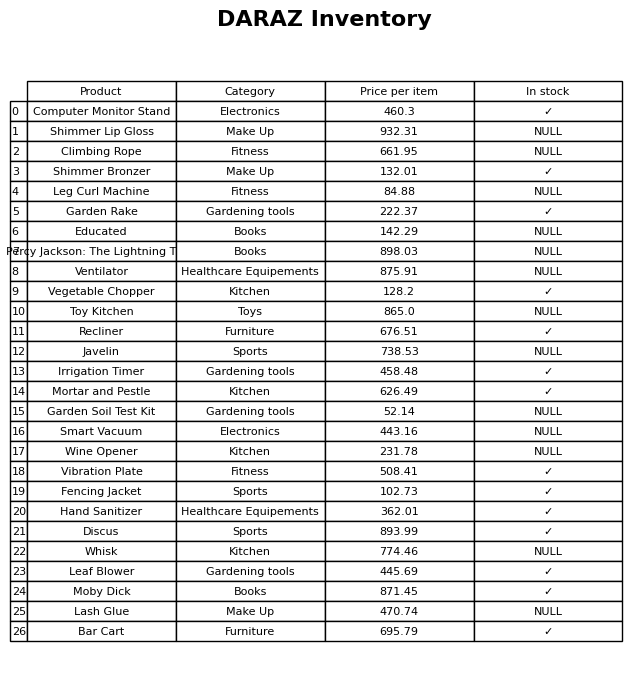
question: What is the price for Toy Kitchen?
answer: The price of Toy Kitchen is 865.0.